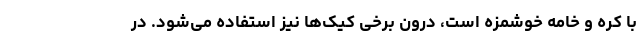
با کره و خامه خوشمزه است، درون برخی کیک‌ها نیز استفاده می‌شود. در